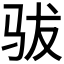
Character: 𱅄